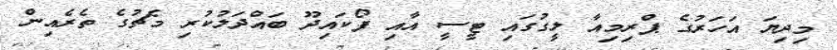
މިދިޔަ އަހަރުގެ ޕްރިމިއާ ލީގުގައި ޓީސީ އާއި ފޯކައިދޫ ބައްދަލުކުރި މެޗުގެ ތެރެއިން